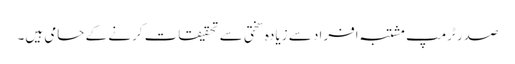
صدر ٹرمپ مشتبہ افراد سے زیادہ سختی سے تحقیقات کرنے کے حامی ہیں۔